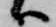
ハ